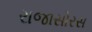
રાજાસોરસ